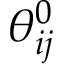
\theta _ { i j } ^ { 0 }